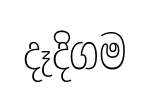
දෑදිගම